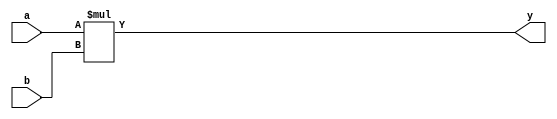
`timescale 1ns / 1ps
//////////////////////////////////////////////////////////////////////////////////
// Company: 
// Engineer: 
// 
// Design Name: 
// Module Name: multiplier
// Project Name: 
// Target Devices: 
// Tool Versions: 
// Description: 
// 
// Dependencies: 
// 
// Revision:
// Revision 0.01 - File Created
// Additional Comments:
// 
//////////////////////////////////////////////////////////////////////////////////


module multiplier #(parameter W = 16) (
    input [W-1:0] a,
    input [W-1:0] b,
    output [W-1:0] y);
    
    assign y = a * b;
endmodule